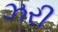
ઝરી